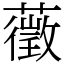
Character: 藢